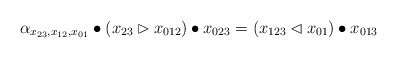
\begin{align*}\alpha_{x_{23},x_{12},x_{01}}\bullet(x_{23}\rhd x_{012})\bullet x_{023}=(x_{123}\lhd x_{01})\bullet x_{013}\end{align*}